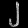
Digit: ၂